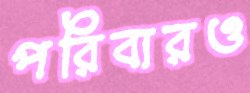
পরিবারও